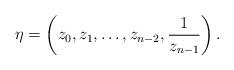
LaTeX: \begin{align*}\eta=\left(z_0,z_1,\ldots,z_{n-2},\frac{1}{z_{n-1}}\right).\end{align*}